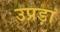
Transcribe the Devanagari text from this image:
उप्रड़ा